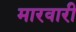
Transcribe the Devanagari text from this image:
मारवारी